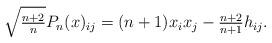
LaTeX: \begin{align*}\sqrt{\tfrac{n+2}{n}}P_{n}(x)_{ij} = (n+1)x_{i}x_{j} - \tfrac{n+2}{n+1}h_{ij}.\end{align*}